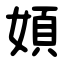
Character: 㛲